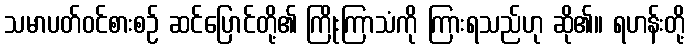
သမာပတ်ဝင်စားစဉ် ဆင်ပြောင်တို့၏ ကြိုးကြာသံကို ကြားရသည်ဟု ဆို၏။ ရဟန်းတို့